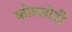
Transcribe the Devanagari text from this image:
कोल्लोदी